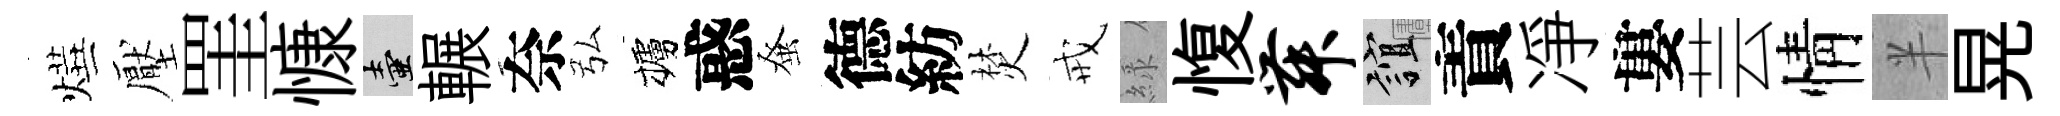
燁壓罣慷壺輾奈弘櫨惑𫊫德紡焚戒緑愎舞誼責凈婁芸情半晃